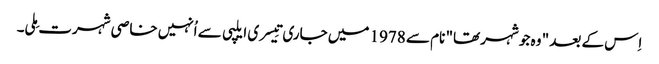
اِس کے بعد " وہ جو شہر تھا" نام سے 1978 میں جاری تِیسری ایلپی سے اُنہیں خاصی شہرت مِلی۔